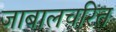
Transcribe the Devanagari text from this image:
जाबालचरित